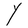
Character: Y